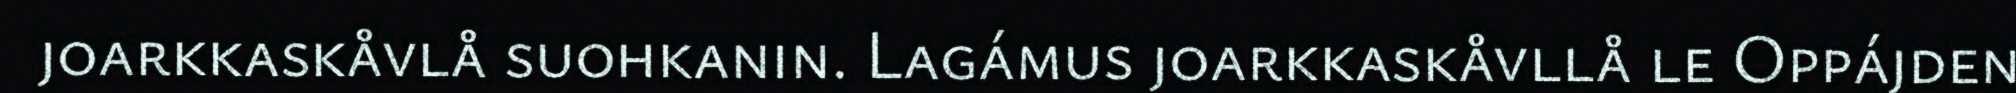
joarkkaskåvlå suohkanin. Lagámus joarkkaskåvllå le Oppájden